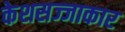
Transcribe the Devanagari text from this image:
केशसज्जाकार